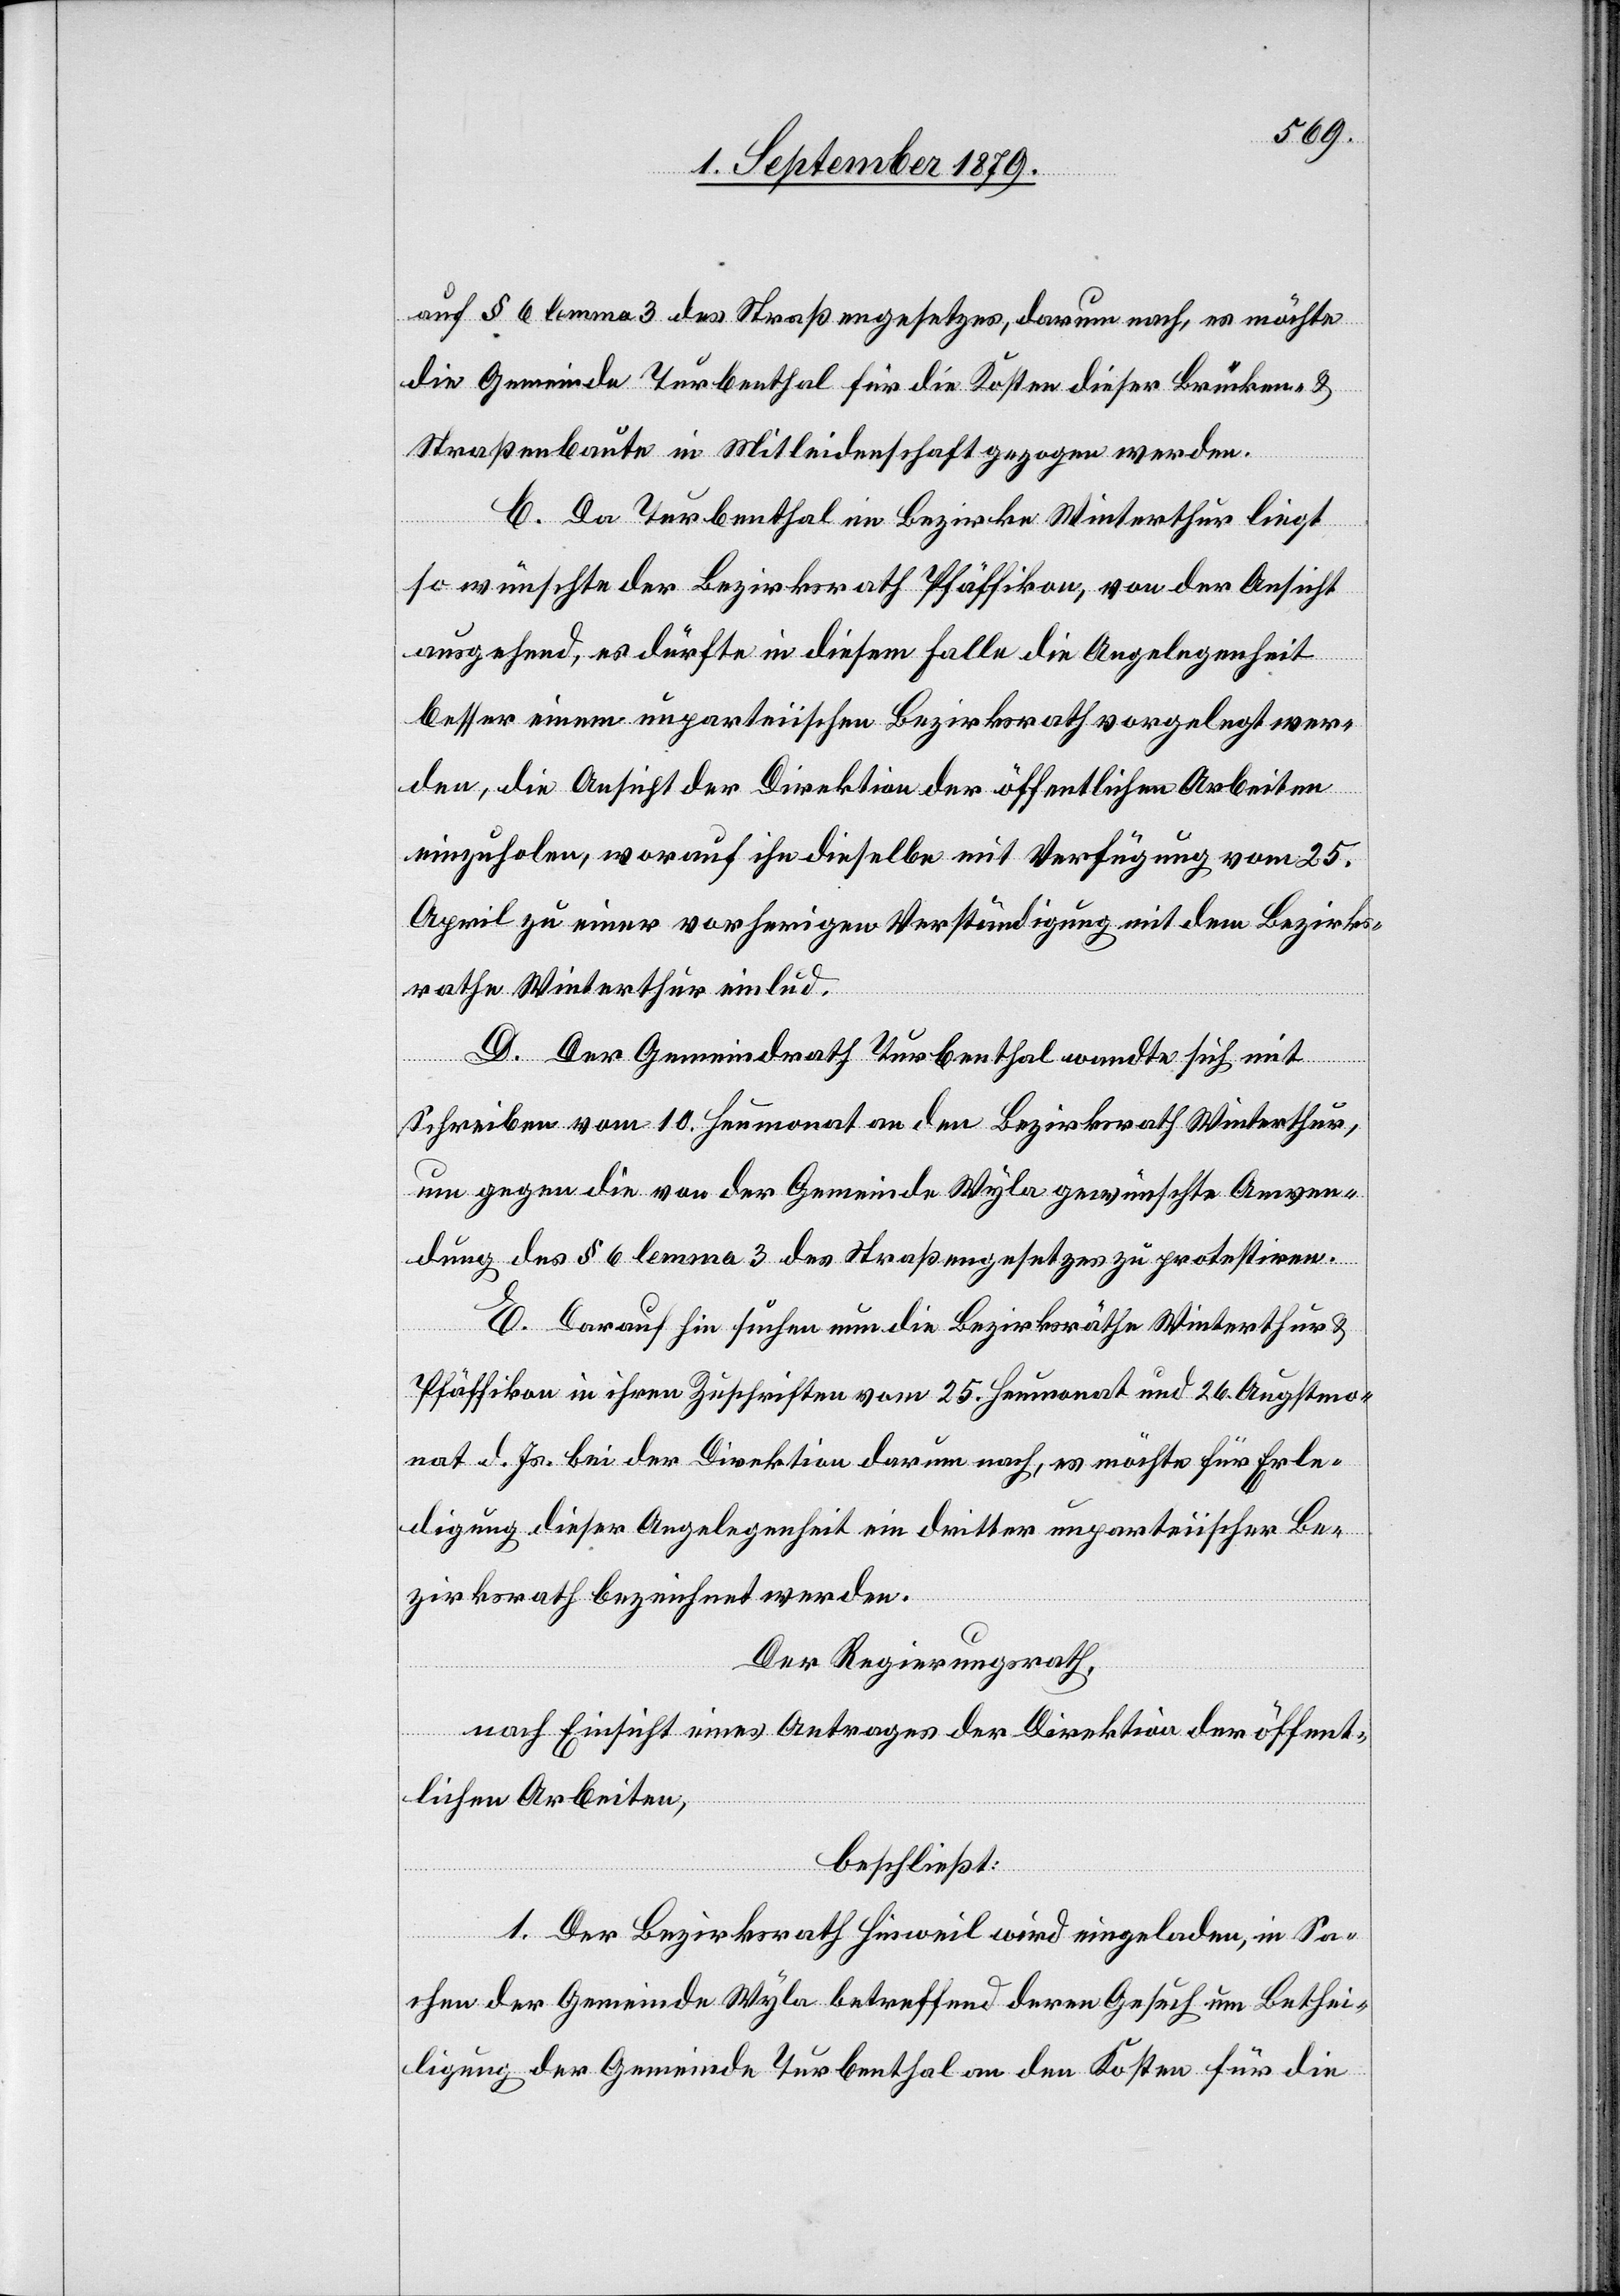
auf § 6 lemma 3 des Straßengesetzes, darum nach, es möchte
die Gemeinde Turbenthal für die Kosten dieser Brücken- &
Straßenbaute in Mitleidenschaft gezogen werden.
C. Da Turbenthal im Bezirke Winterthur liegt
so wünschte der Bezirksrath Pfäffikon, von der Ansicht
ausgehend, es dürfte in diesem Falle die Angelegenheit
besser einem unparteiischen Bezirksrath vorgelegt wer¬
den, die Ansicht der Direktion der öffentlichen Arbeiten
einzuholen, worauf ihn dieselbe mit Verfügung vom 25.
April zu einer vorherigen Verständigung mit dem Bezirks¬
rathe Winterthur einlud.
D. Der Gemeindrath Turbenthal wandte sich mit
Schreiben vom 10. Heumonat an den Bezirksrath Winterthur,
um gegen die von der Gemeinde Wyla gewünschte Anwen¬
dung des § 6 lemma 3 des Straßengesetzes zu protestiren.
E. Darauf hin suchen nun die Bezirksräthe Winterthur &
Pfäffikon in ihren Zuschriften vom 25. Heumonat und 26. Augstmo¬
nat d. Js. bei der Direktion darum nach, es möchte für Erle¬
digung dieser Angelegenheit ein dritter unparteiischer Be¬
zirksrath bezeichnet werden.
Der Regierungsrath,
nach Einsicht eines Antrages der Direktion der öffent¬
lichen Arbeiten,
beschließt:
1. Der Bezirksrath Hinweil wird eingeladen, in Sa¬
chen der Gemeinden Wyla betreffend deren Gesuch um Bethei¬
ligung der Gemeinde Turbenthal den Kosten für die